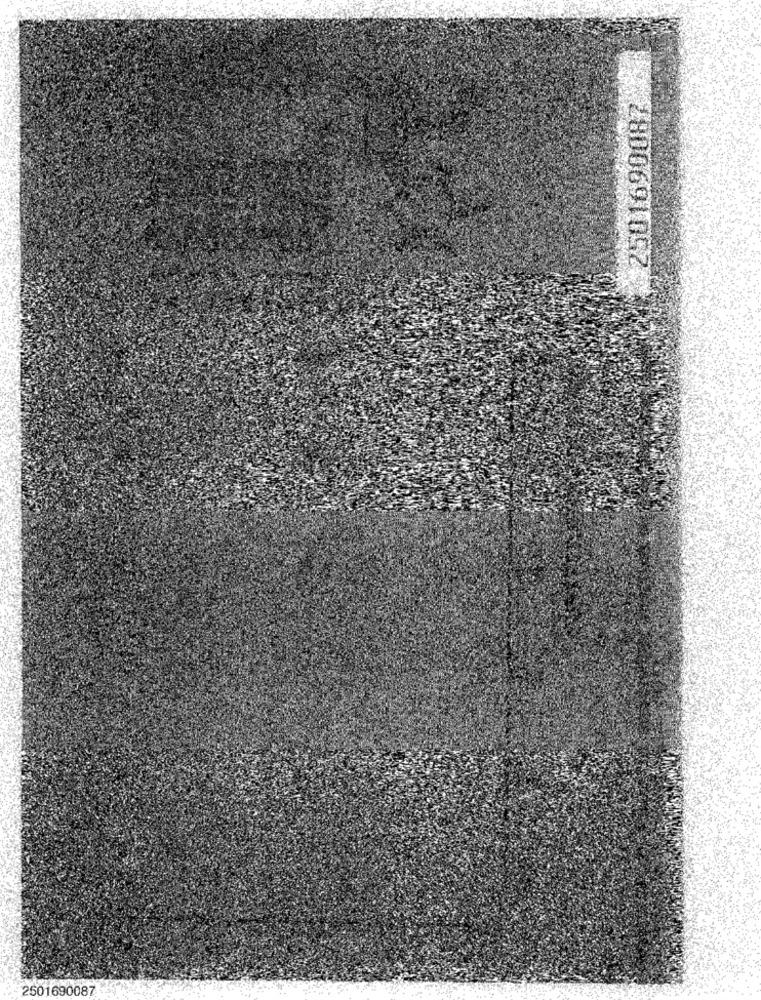
2800691062
2501690087